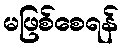
မဖြစ်စေရန်